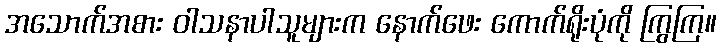
အသောက်အစား ဝါသနာပါသူများက နောက်ဖေး ကောက်ရိုးပုံကို ကြွကြ။